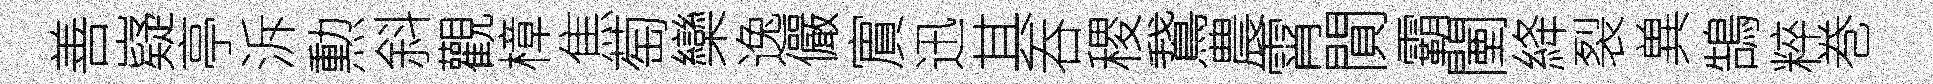
善嶷亭泝勲斜觀樟焦萄欒逸儼賔迅其吞稷鵞農霄閴霸闉絳裂兾鵠粹巻